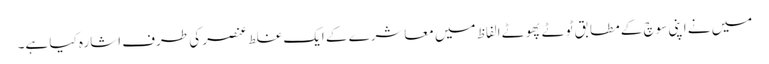
میں نے اپنی سوچ کے مطابق ٹوٹے پھوٹے الفاظ میں معاشرے کے ایک غلط عنصر کی طرف اشارہ کیا ہے۔